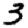
Digit: 3